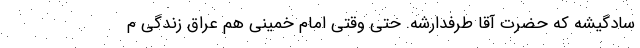
سادگیشه که حضرت آقا طرفدارشه. حتی وقتی امام خمینی هم عراق زندگی م